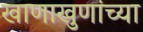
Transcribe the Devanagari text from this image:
खाणाखुणांच्या